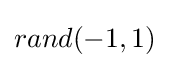
rand(-1,1)